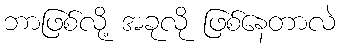
ဘာဖြစ်လို့ အခုလို ဖြစ်နေတာလဲ